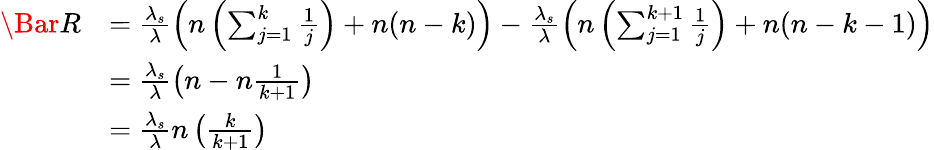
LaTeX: \begin{array}{rl}{\Bar{R}}&{=\frac{\lambda_{s}}{\lambda}\left(n\left(\sum_{j=1}^{k}\frac{1}{j}\right)+n(n-k)\right)-\frac{\lambda_{s}}{\lambda}\left(n\left(\sum_{j=1}^{k+1}\frac{1}{j}\right)+n(n-k-1)\right)}\\ &{=\frac{\lambda_{s}}{\lambda}\left(n-n\frac{1}{k+1}\right)}\\ &{=\frac{\lambda_{s}}{\lambda}n\left(\frac{k}{k+1}\right)}\end{array}